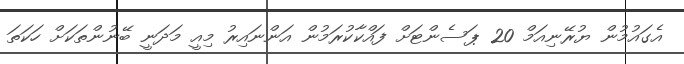
އެގައުމުން ޔުރޭނިއަމް 20 ޕަސެންޓަށް ފައްކާކުރަމުން އަންނައިރު މިއީ މަދަނީ ބޭނުންތަކަށް ހަކަތަ